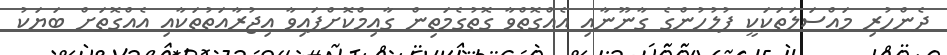
ދެންހުރި މައްސަލަތަކަކީ ފުލުހުންގެ ގާނޫނާއި އެއްގޮތްވާ ގޮތުގެމަތިން ގާއިމްކޮށްފައިވާ އިޖުރާއަތުތަކާއި އެއްގޮތަށް ބަޔަކު